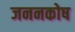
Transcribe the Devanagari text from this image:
जननकोष